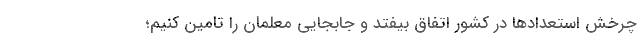
چرخش استعداد‌ها در کشور اتفاق بیفتد و جابجایی معلمان را تامین کنیم؛